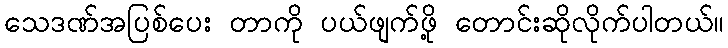
သေဒဏ်အပြစ်ပေး တာကို ပယ်ဖျက်ဖို့ တောင်းဆိုလိုက်ပါတယ်။